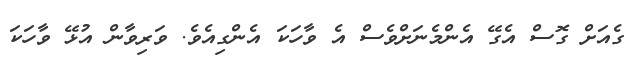
ގެއަށް ގޮސް އެގޭ އެންމެނަށްވެސް އެ ވާހަކަ އެންގިއެވެ. ވަރިވާން އުޅޭ ވާހަކަ